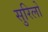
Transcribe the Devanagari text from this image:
सुरिलो